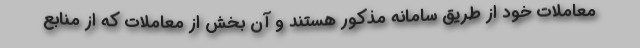
معاملات خود از طریق سامانه مذکور هستند و آن بخش از معاملات که از منابع